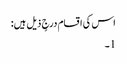
اس کی اقسام درجٍ ذیل ہیں:
1۔